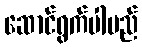
ဆောင်ရွက်ပါမည်